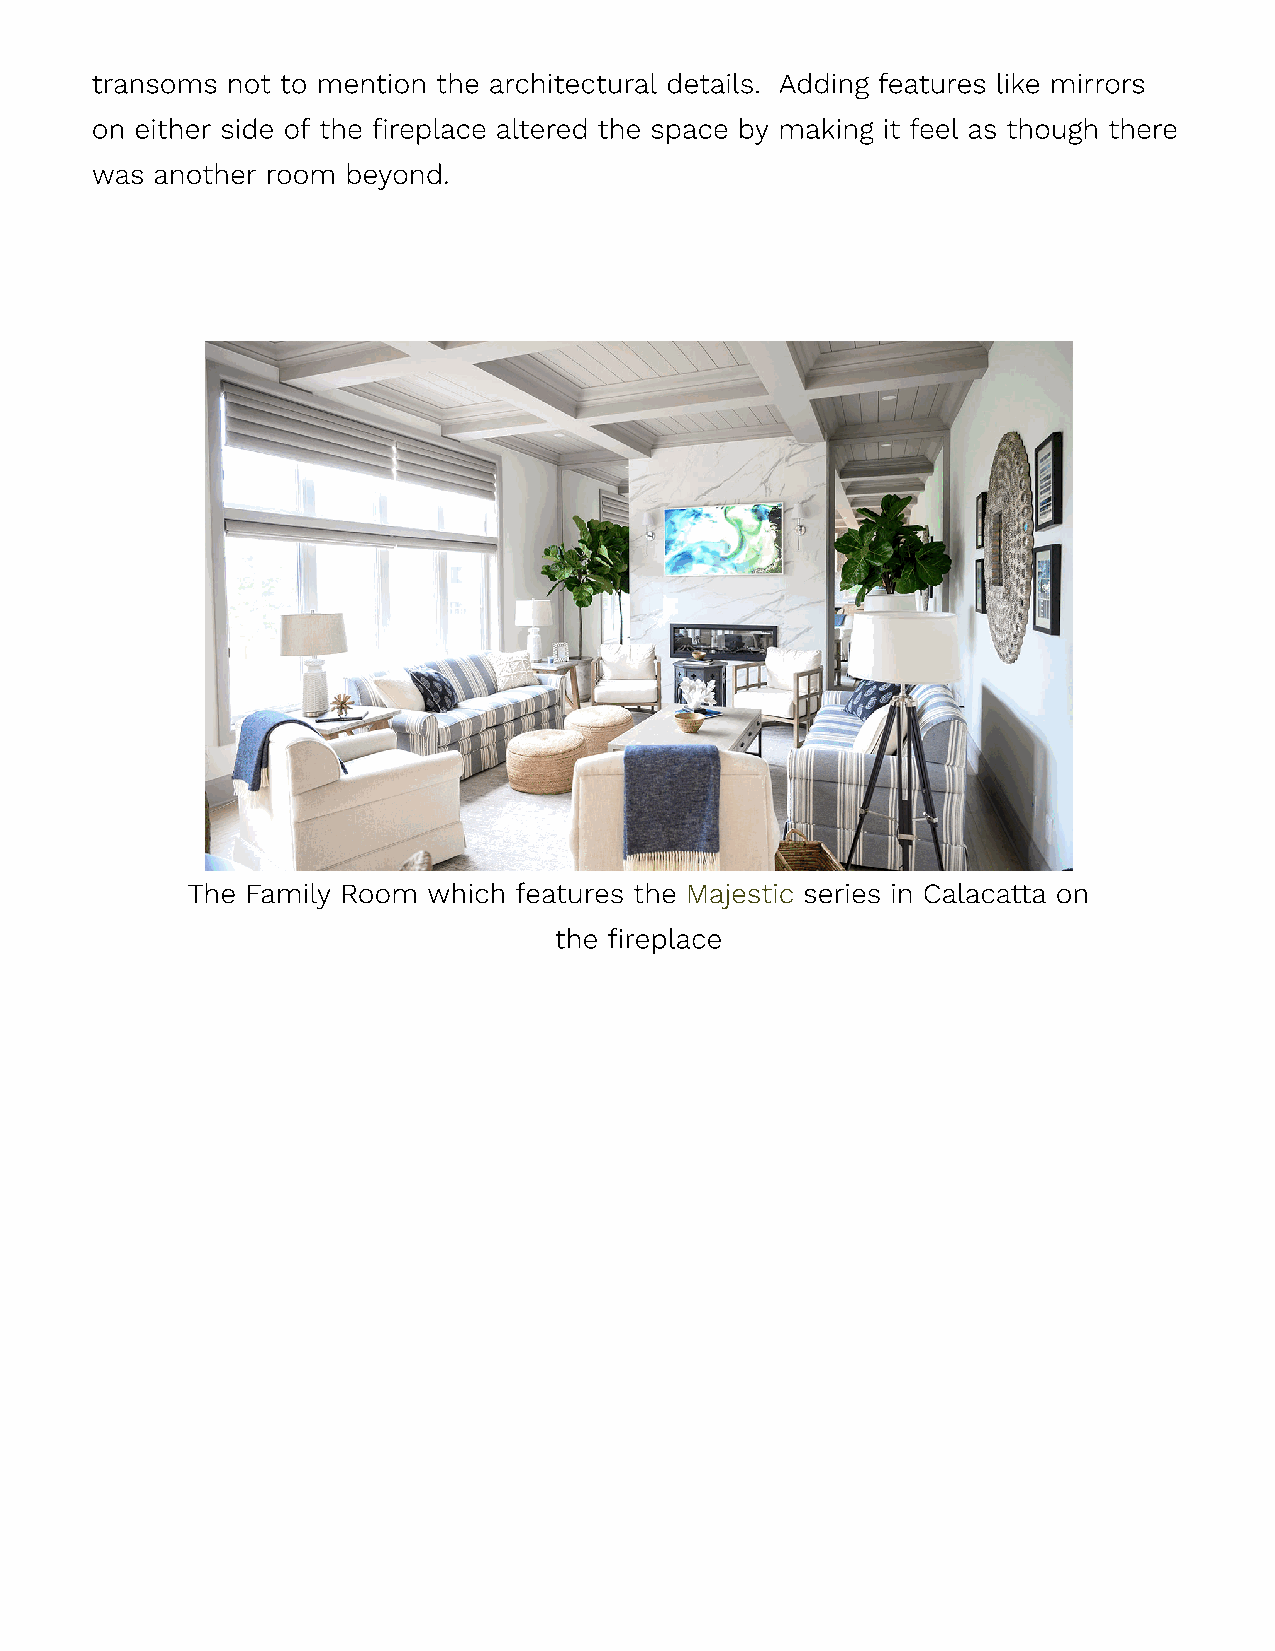
transoms not to mention the architectural details. Adding features like mirrors
 on either side of the fireplace altered the space by making it feel as though there
 was another room beyond.
 The Family Room which features the Majestic series in Calacatta on
 the fireplace